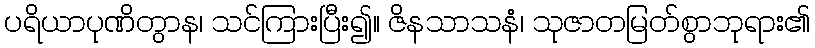
ပရိယာပုဏိတွာန၊ သင်ကြားပြီး၍။ ဇိနသာသနံ၊ သုဇာတမြတ်စွာဘုရား၏